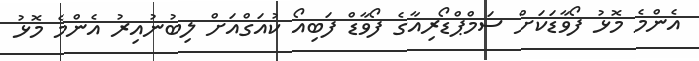
އެންމެ މޮޅު ފޯވާޑަކަށް ސަމްޕްޑޯރިއާގެ ފޯވާޑް ފަބިއޯ ކުއަގްއަށް ލިބުނުއިރު އެންމެ މޮޅު